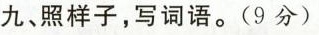
九、照样子，写词语（9）